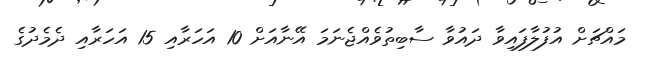
މައްޗަށް އުފުލާފައިވާ ދައުވާ ސާބިތުވެއްޖެނަމަ އޭނާއަށް 10 އަހަރާއި 15 އަހަރާއި ދެމެދުގެ